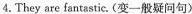
4.They are fantastic. (变一般疑问句)